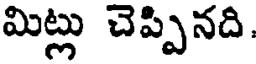
మిట్లు చెప్పినది.